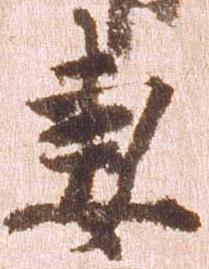
妻